Annual report on the working of the mental hospitals in the Madras Presidency - 1912-1932
Year: 1912
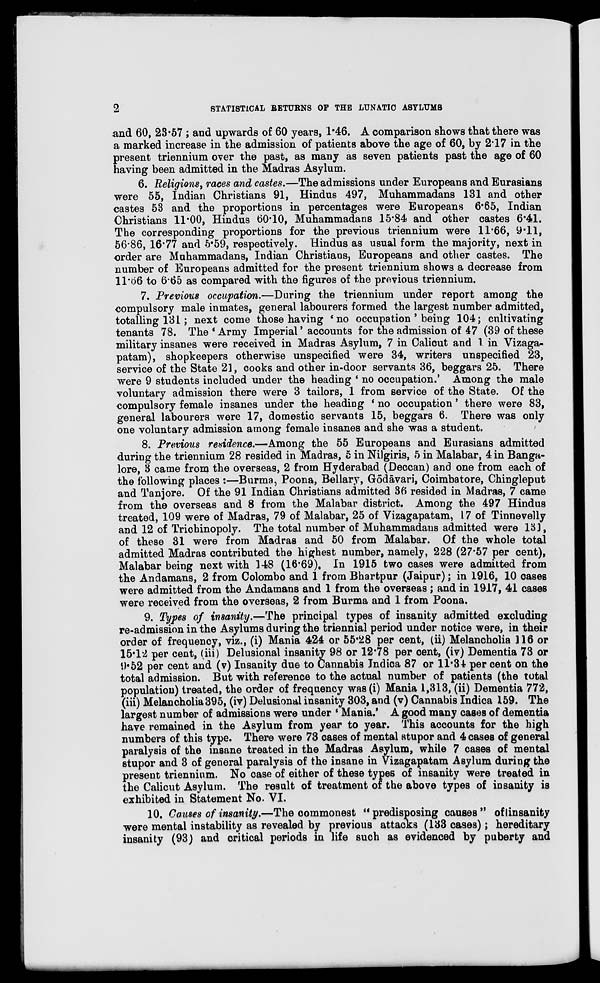
2
STATISTICAL RETURNS OF THE LUNATIC ASYLUMS
and 60, 23.57 ; and upwards of 60 years, 1.46. A comparison shows that there was
a marked increase in the admission of patients above the age of 60, by 2.17 in the
present triennium over the past, as many as seven patients past the age of 60
having been admitted in the Madras Asylum.
6. Religions, races and castes.—The admissions under Europeans and Eurasians
were 55, Indian Christians 91, Hindus 497, Muhammadans 131 and other
castes 53 and the proportions in percentages were Europeans 6.65, Indian
Christians 11.00, Hindus 60.10, Muhammadans 15.84 and other castes 6.41.
The corresponding proportions for the previous triennium were 11.66, 9.11,
56.86, 16.77 and 5.59, respectively. Hindus as usual form the majority, next in
order are Muhammadans, Indian Christians, Europeans and other castes. The
number of Europeans admitted for the present triennium shows a decrease from
11.66 to 6.65 as compared with the figures of the previous triennium.
7. Previous occupation.—During the triennium under report among the
compulsory male inmates, general labourers formed the largest number admitted,
totalling 131 ; next come those having ' no occupation ' being 104; cultivating
tenants 78. The ' Army Imperial ' accounts for the admission of 47 (39 of these
military insanes were received in Madras Asylum, 7 in Calicut and 1 in Vizaga-
patam), shopkeepers otherwise unspecified were 34, writers unspecified 23,
service of the State 21, cooks and other in-door servants 36, beggars 25. There
were 9 students included under the heading ' no occupation.' Among the male
voluntary admission there were 3 tailors, 1 from service of the State. Of the
compulsory female insanes under the heading ' no occupation ' there were 83,
general labourers were 17, domestic servants 15, beggars 6. There was only
one voluntary admission among female insanes and she was a student.
8. Previous residence.—Among the 55 Europeans and Eurasians admitted
during the triennium 28 resided in Madras, 5 in Nilgiris, 5 in Malabar, 4 in Banga
lore, 3 came from the overseas, 2 from Hyderabad (Deccan) and one from each of
the following places :—Burma, Poona, Bellary, Gōdāvari, Coimbatore, Chingleput
and Tanjore. Of the 91 Indian Christians admitted 36 resided in Madras, 7 came
from the overseas and 8 from the Malabar district. Among the 497 Hindus
treated, 109 were of Madras, 79 of Malabar, 25 of Vizagapatam, 17 of Tinnevelly
and 12 of Trichinopoly. The total number of Muhammadans admitted were 131,
of these 31 were from Madras and 50 from Malabar. Of the whole total
admitted Madras contributed the highest number, namely, 228 (27.57 per cent),
Malabar being next with 148 (16.69). In 1915 two cases were admitted from
the Andamans, 2 from Colombo and 1 from Bhartpur (Jaipur) ; in 1916, 10 cases
were admitted from the Andamans and 1 from the overseas ; and in 1917, 41 cases
were received from the overseas, 2 from Burma and 1 from Poona.
9. Types of insanity.—The principal types of insanity admitted excluding
re-admission in the Asylums during the triennial period under notice were, in their
order of frequency, viz., (i) Mania 424 or 55.28 per cent, (ii) Melancholia 116 or
15.12 per cent, (iii) Delusional insanity 98 or 12.78 per cent, (iv) Dementia 73 or
9.52 per cent and (v) Insanity due to Cannabis Indica 87 or 11.34 per cent on the
total admission. But with reference to the actual number of patients (the total
population) treated, the order of frequency was (i) Mania 1,313, (ii) Dementia 772,
(iii) Melancholia 395, (iv) Delusional insanity 303, and (v) Cannabis Indica 159. The
largest number of admissions were under ' Mania.' A good many cases of dementia
have remained in the Asylum from year to year. This accounts for the high
numbers of this type. There were 73 cases of mental stupor and 4 cases of general
paralysis of the insane treated in the Madras Asylum, while 7 cases of mental
stupor and 3 of general paralysis of the insane in Vizagapatam Asylum during the
present triennium. No case of either of these types of insanity were treated in
the Calicut Asylum. The result of treatment of the above types of insanity is
exhibited in Statement No. VI.
10. Causes of insanity.—The commonest "predisposing causes" oflinsanity
were mental instability as revealed by previous attacks (133 cases) ; hereditary
insanity (93) and critical periods in life such as evidenced by puberty and